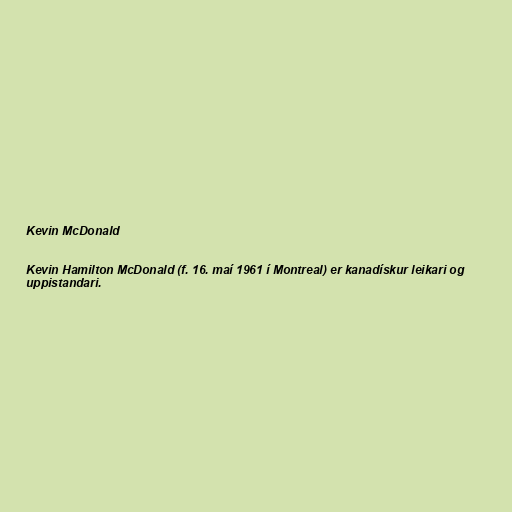
Kevin McDonald

Kevin Hamilton McDonald (f. 16. maí 1961 í Montreal) er kanadískur leikari og
uppistandari.